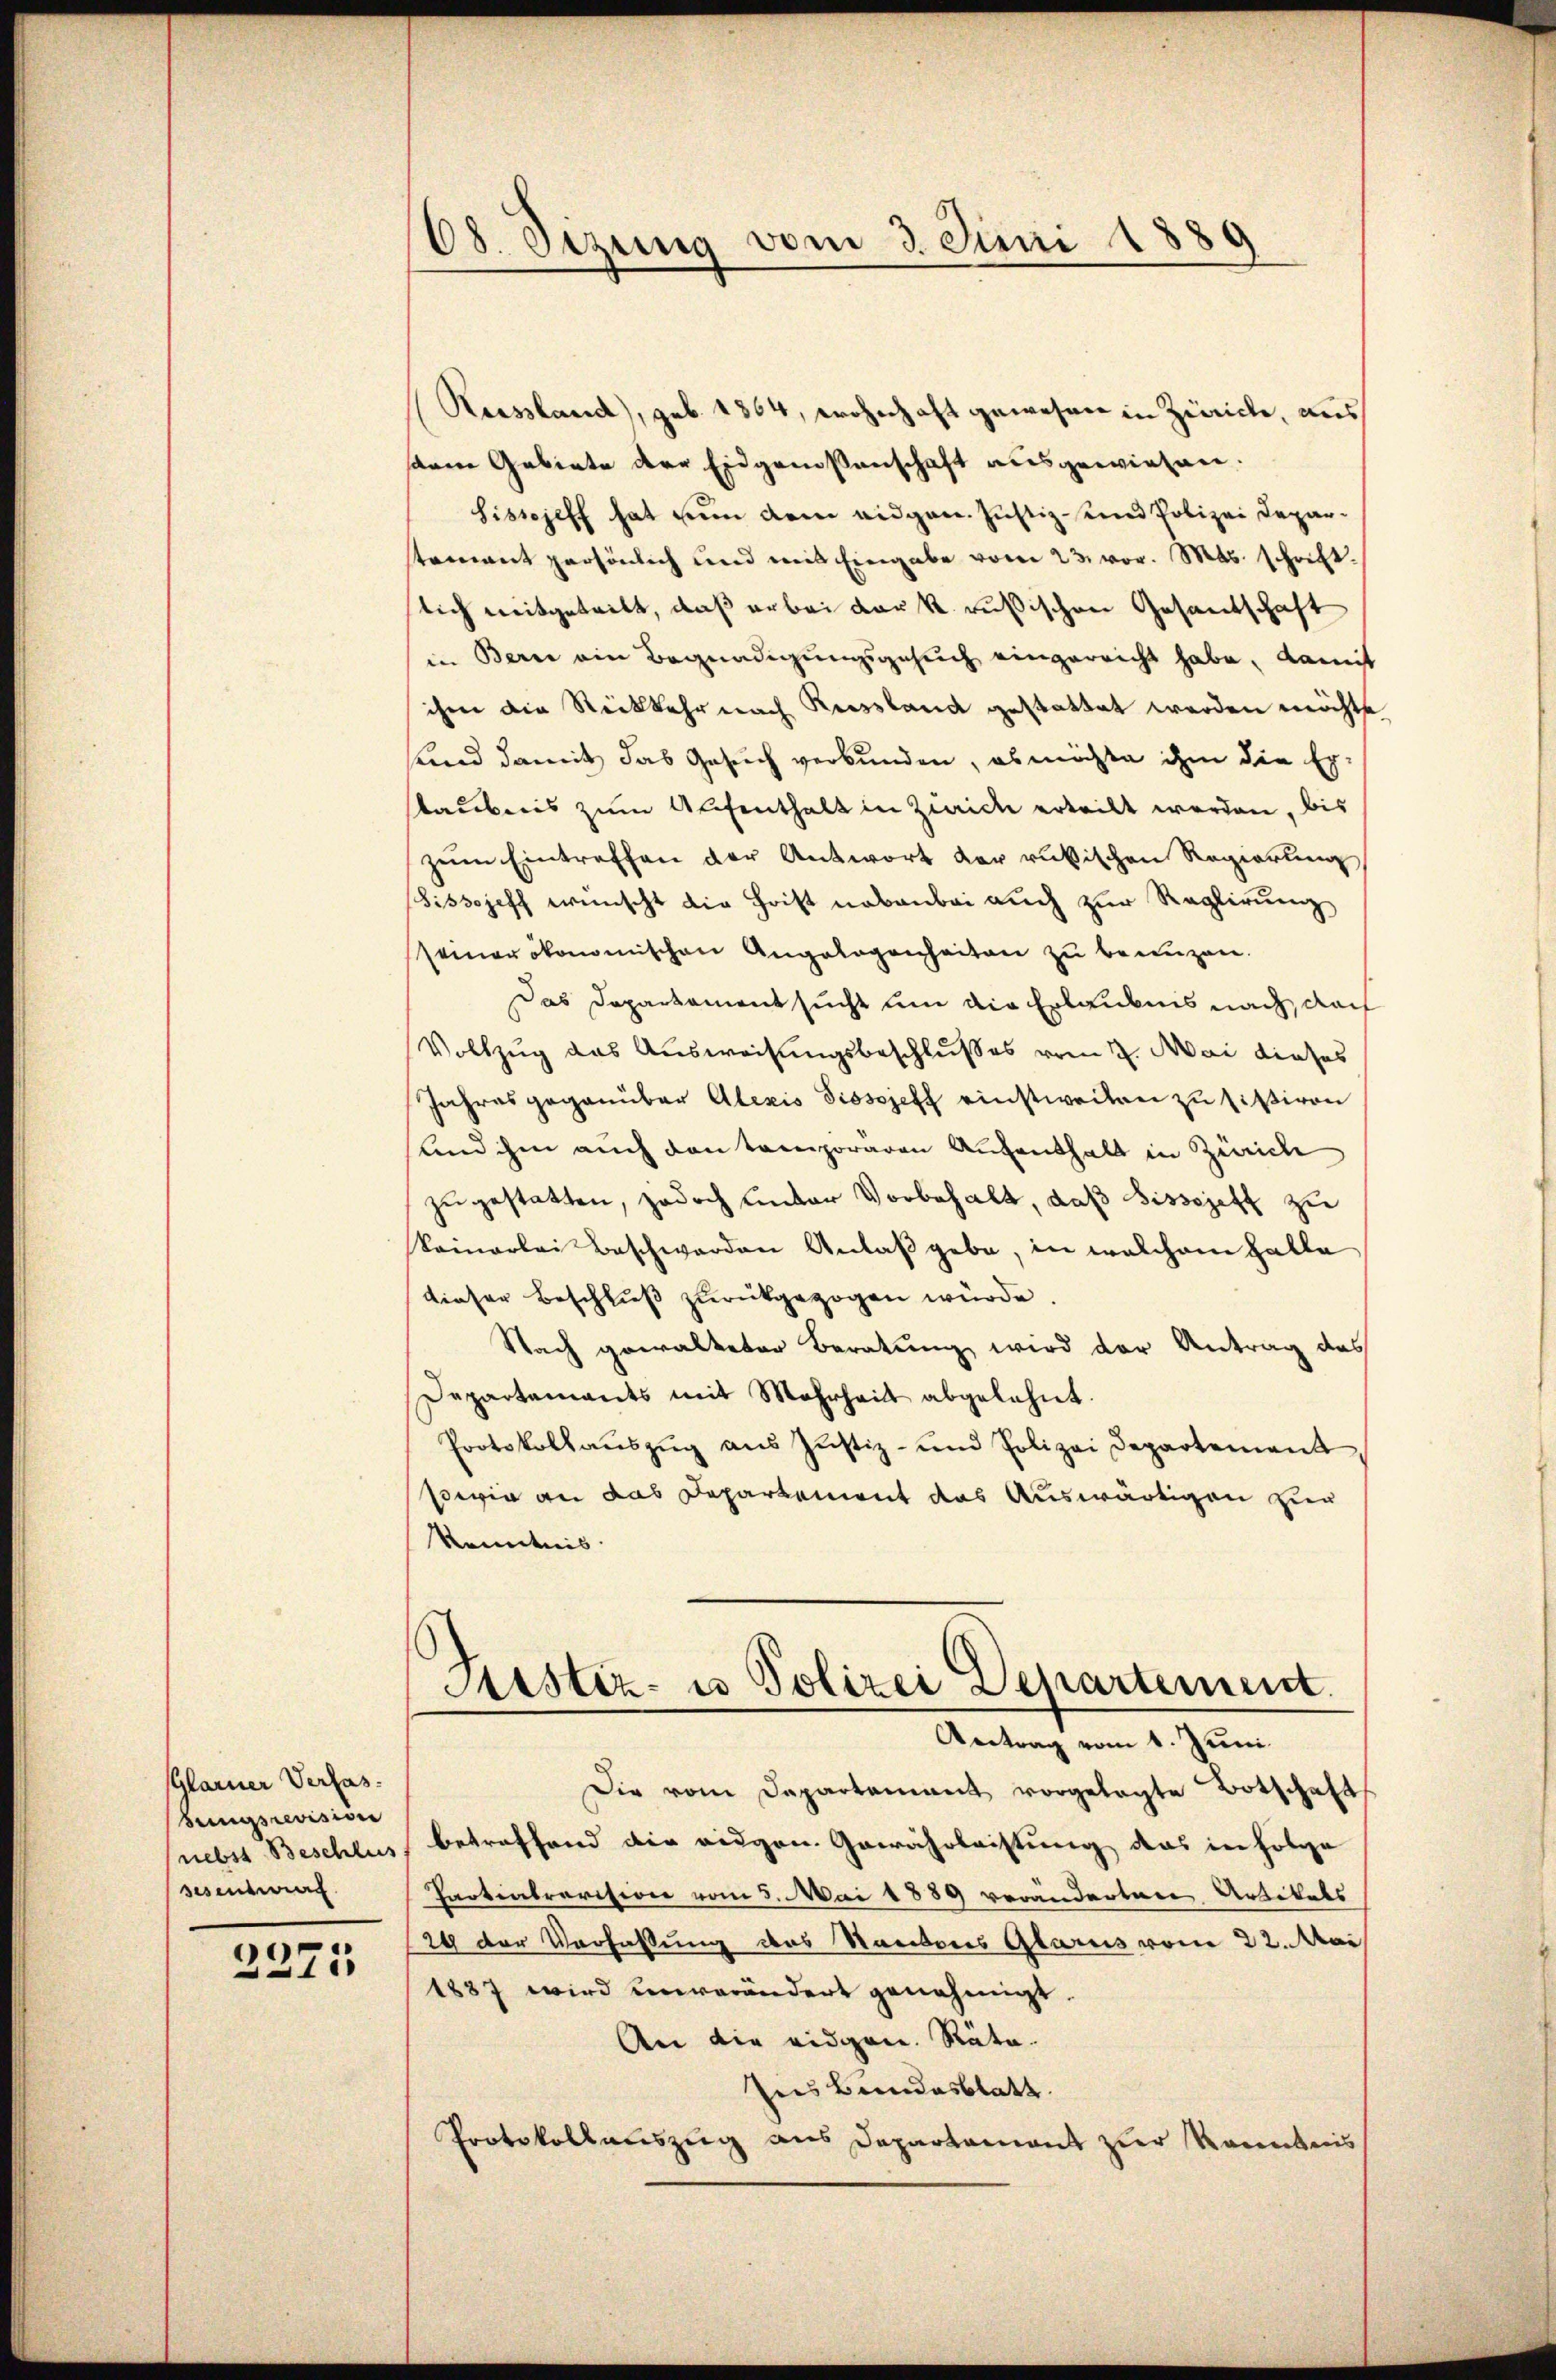
Glarner Verfas
sungsrevision
nebst Beschlus
sesentwirt

2271

08. Sizung vom 3. Juni 1889

Koissland), geb. 1864, wohnhaft gewesen in Züricle, aus
sarme Gebiete der Eidgenossenschaft ausgewiesen.
Sisscheff hat nun den eidgen. Justiz- und Polizei Deparstement persönlich und mit Eingabe vom 23. vor. Mts. schrift.
lich mitgetritt, daß er bei der k. russischen Gesandschaft
in Bern ein Begnadigungsgesuch eingereicht habe, damit
ihrer die Rückkehr nach Reussland gestattet werden möchte
sind damit das Gesuch verbunden, es möchte ihm die Er-
laubnis zum Aufenthalt in Zürich erteilt werden, bis
zŭm Eintreffen der Antwort der rukischen Regierung
Sissojeff wünscht die Frist nebenbei auch zur Reglirung
seiner ökonomischen Angelegenheiten zu benuzen.
Das Departament sucht um die Erlaubnis nach, doch
Vollzug das Ausweisungsbeschlußes vom 7. Mai dieses
Jahresgegenüber Alexis Pissojeff einstweiten zu sittiren
und ihm auch den temporären Aufenthalt in Zürich
zugestatten, jedoch unter Vorbehalt, daß Bissezett zu
keinerlei Beschwerden Anlaβ gebe, in welchem Halle
dieser Beschluß zurückgezogen wurde
Nach gewalteter Beratung wird der Antrag des
Departements mit Mehrheit abgelehnt.
Protokollaŭszŭg aŭs Jŭstiz- und Polizei Departement
serie an das Departement das Auswärtigen zur
Kenntnis.
Aistiz- u Polizei Departement.
Antrag vom 1. Juni
Die vom Departement vorgelegte Botschaft
betreffend die eidgen. Gewährleistung das in Folge
Paotialrevision vom 5. Mai 1889 verändertere Artikels
29 der Verfaßung des Kantons Glarus vom 22. Mai
1887 wird unverändert genehmigt.
An die eidgen. Räte.
Ins Bundesblatt.
Protokollauszug aus Departament zur Kenntnis